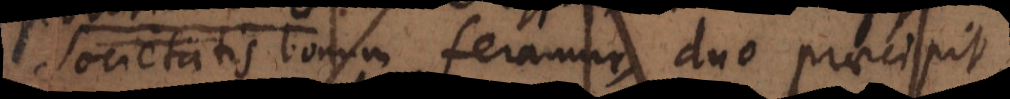
societatis bonum feramur, duo praeci